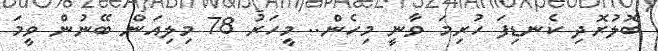
ބޮލުރޮދި ކެނޑިފަ ހުރިމަ ވާނީ މިހެން.. މީހަރު 78 މިލިއަން ބޭނުން ވީމަ